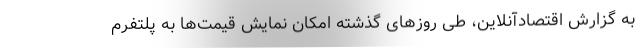
به گزارش اقتصادآنلاین، طی روزهای گذشته امکان نمایش قیمت‌ها به پلتفرم